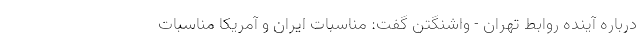
درباره آینده روابط تهران - واشنگتن گفت: مناسبات ایران و آمریکا مناسبات